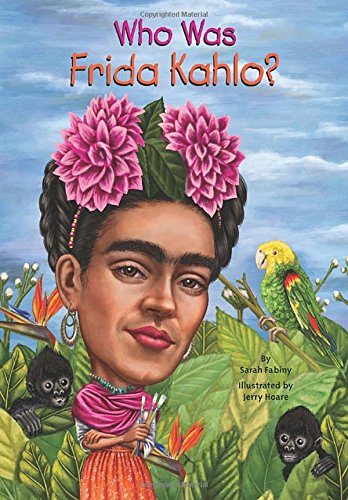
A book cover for Who Was Frida Kahlo?; Sarah Fabiny; Children's Books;